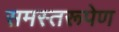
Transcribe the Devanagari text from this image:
समस्तरूपेण